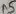
Text: A5